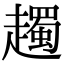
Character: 䟉